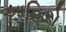
આહિરો